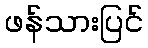
ဖန်သားပြင်